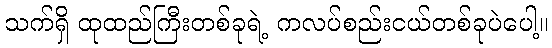
သက်ရှိ ထုထည်ကြီးတစ်ခုရဲ့ ကလပ်စည်းငယ်တစ်ခုပဲပေါ့။